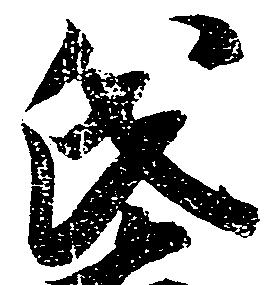
氏